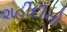
શહીદીનો